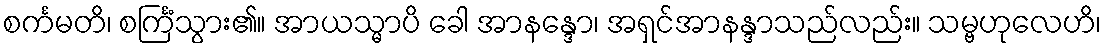
စင်္ကမတိ၊ စင်္ကြံသွား၏။ အာယသ္မာပိ ခေါ အာနန္ဒော၊ အရှင်အာနန္ဒာသည်လည်း။ သမ္ဗဟုလေဟိ၊